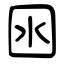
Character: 囦